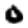
Digit: 0